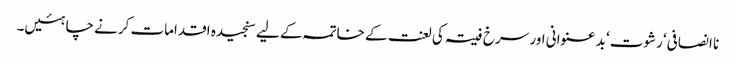
نا انصافی‘ رشوت‘ بد عنوانی اور سرخ فیتہ کی لعنت کے خاتمہ کے لیے سنجیدہ اقدامات کرنے چاہئیں۔